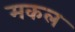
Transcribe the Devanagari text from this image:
मकल